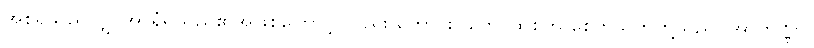
အစရှိသည်လျှင်အာရုံရှိသည်၏အဖြစ်ကြောင့် လည်း ကောင်း။ တေ၊ ထိုစိတ် စေတသိတ်တို့သည်။ အာကိဏ္ဏာ၊